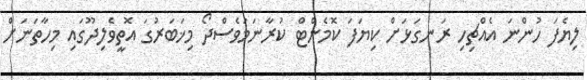
ލިޔެފަ ހުންނަ އެއްޗިހި ރަނގަޅަށް ކިޔަަފަ ކޮމެންޓް ކުރާނަމަވެސްދޯ މިޚަބަރުގަ އޮތީވެލިދޫގައި މިހާތަނަށް